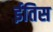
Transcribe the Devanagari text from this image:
ईतिस